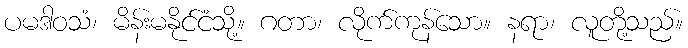
ပမဒါဝသံ၊ မိန်းမနိုင်ငံသို့။ ဂတာ၊ လိုက်ကုန်သော။ နရာ၊ လူတို့သည်။